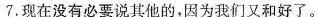
7.现在没有必要说其他的，因为我们又和好了。